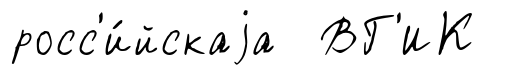
росс'и́йскаjа ВГ'ИК